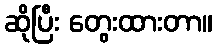
ဆိုပြီး တွေးထားတာ။